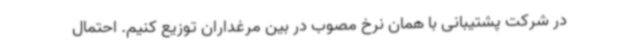
در شرکت پشتیبانی با همان نرخ مصوب در بین مرغداران توزیع کنیم. احتمال